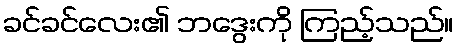
ခင်ခင်လေး၏ ဘဒွေးကို ကြည့်သည်။